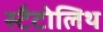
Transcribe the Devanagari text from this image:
स्टैटोलिथ